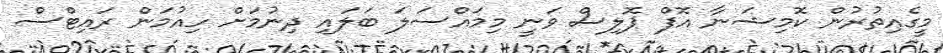
މީގެއިތުރުން ކޮމިޝަނާ އޮފް ޕޮލިސް ވަނީ މިމައްސަލަ ބަލައި ދިނުމަށް ހިއުމަން ރައިޓްސް